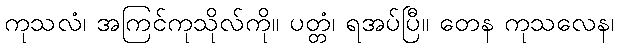
ကုသလံ၊ အကြင်ကုသိုလ်ကို။ ပတ္တံ၊ ရအပ်ပြီ။ တေန ကုသလေန၊